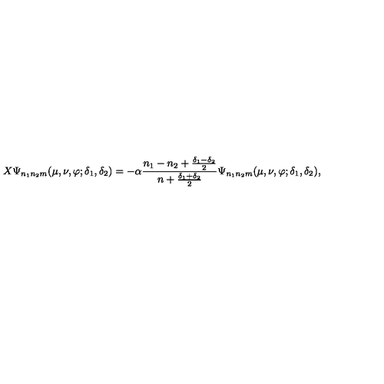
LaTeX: X \Psi _ { n _ { 1 } n _ { 2 } m } ( \mu , \nu , \varphi ; \delta _ { 1 } , \delta _ { 2 } ) = - \alpha \frac { n _ { 1 } - n _ { 2 } + \frac { \delta _ { 1 } - \delta _ { 2 } } { 2 } } { n + \frac { \delta _ { 1 } + \delta _ { 2 } } { 2 } } \Psi _ { n _ { 1 } n _ { 2 } m } ( \mu , \nu , \varphi ; \delta _ { 1 } , \delta _ { 2 } ) ,